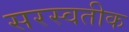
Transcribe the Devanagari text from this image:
सरस्वतीक